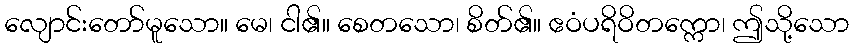
လျောင်းတော်မူသော။ မေ၊ ငါ၏။ စေတသော၊ စိတ်၏။ ဧဝံပရိဝိတက္ကော၊ ဤသို့သော